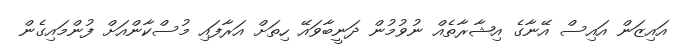
އައިޒަން އައިސް އޭނާގެ އިޝާރާތެއް ނުވުމުން ދަނީބާވައޭ ހިތަށް އަރާފައި މުސްކާންއަށް ފުންމައިގެން